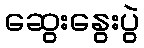
ဆွေးနွေးပွဲ